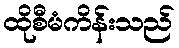
ထိုစီမံကိန်းသည်